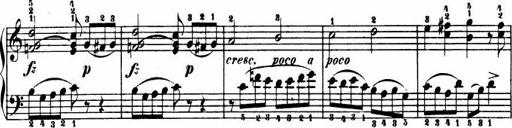
Title: Le bouquetier
Composer: Anton Diabelli
Key: G major
 C major
 F major
 C major